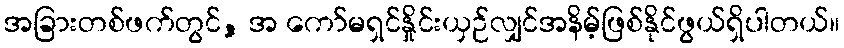
အခြားတစ်ဖက်တွင်, အ ကော်မရှင်နှိုင်းယှဉ်လျှင်အနိမ့်ဖြစ်နိုင်ဖွယ်ရှိပါတယ်။